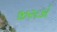
જીસકો